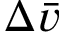
\Delta \bar { v }